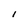
Character: l